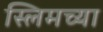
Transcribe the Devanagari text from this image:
स्लिमच्या